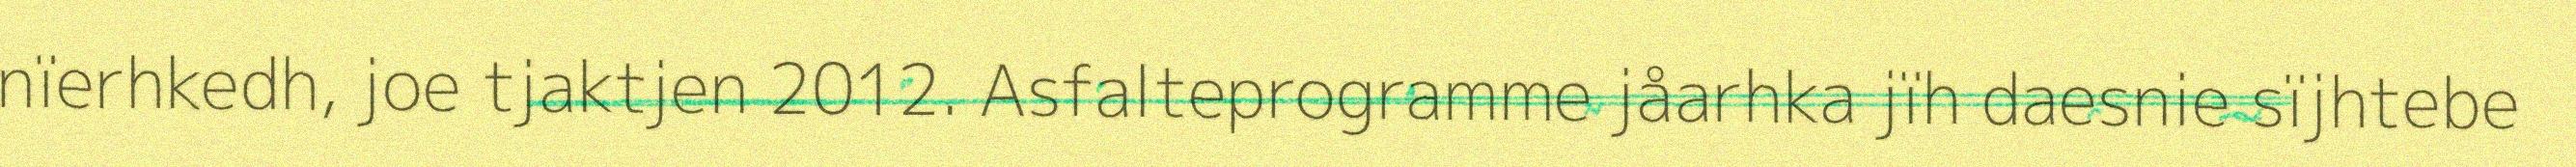
nïerhkedh, joe tjaktjen 2012. Asfalteprogramme jåarhka jïh daesnie sïjhtebe